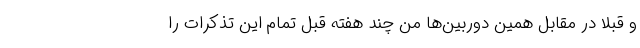
و قبلا در مقابل همین دوربین‌ها من چند هفته قبل تمام این تذکرات را